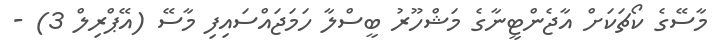
މާސޭގެ ކޯޗަކަށް އާޖެންޓީނާގެ މަޝްހޫރު ބީސްލާ ހަމަޖައްސައިފި މާސޭ (އޭޕްރިލް 3) -